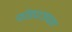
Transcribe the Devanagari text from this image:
फोंड्याजवळ